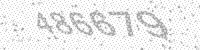
Solution: 486679